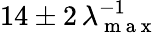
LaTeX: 14\pm 2\, \lambda_{\mathrm{~m~a~x~}}^{-1}